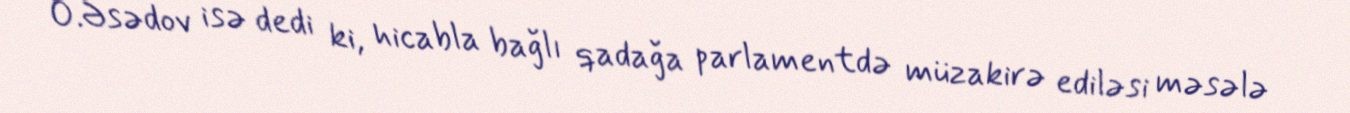
O.Əsədov isə dedi ki, hicabla bağlı qadağa parlamentdə müzakirə ediləsi məsələ